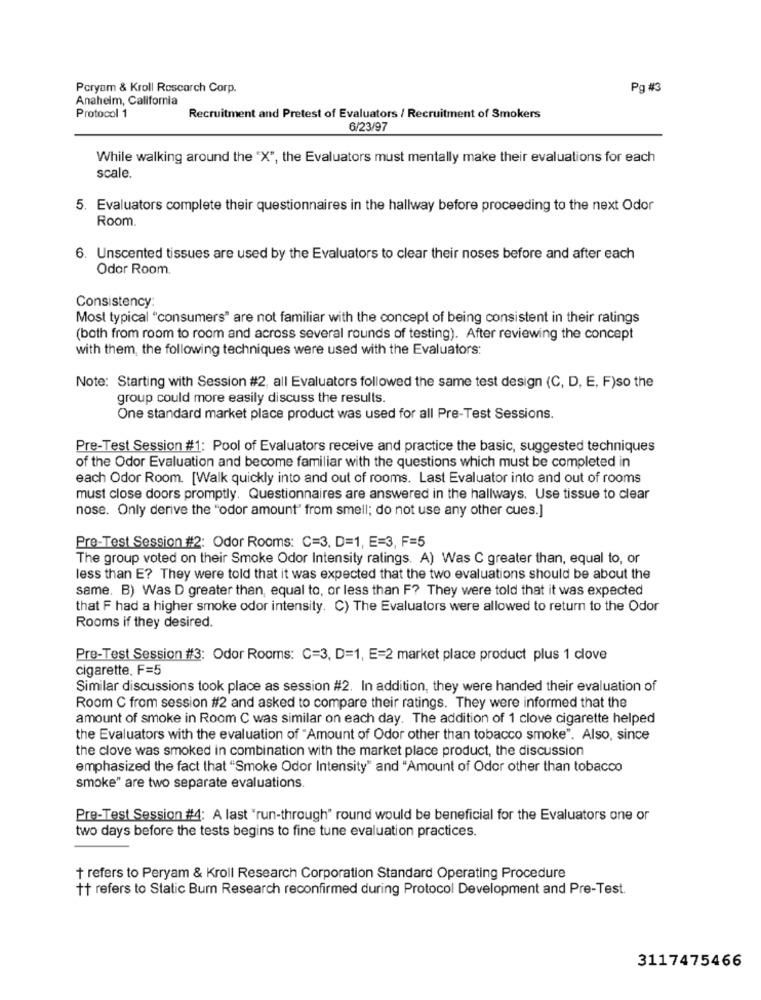
Poryam & Kroll Research Corp.
Pg #3
Anaheim, California
Protocol 1
Recruitment and Pretest of Evaluators / Recruitment of Smokers
6/23/97
While walking around the "X", the Evaluators must mentally make their evaluations for each
scale.
5. Evaluators complete their questionnaires in the hallway before proceeding to the next Odor
Room.
6. Unscented tissues are used by the Evaluators to clear their noses before and after each
Odor Room.
Consistency:
Most typical "consumers" are not familiar with the concept of being consistent in their ratings
(both from room to room and across several rounds of testing). After reviewing the concept
with them, the following techniques were used with the Evaluators:
Note: Starting with Session #2, all Evaluators followed the same test design (C, D, E, F)so the
group could more easily discuss the results.
One standard market place product was used for all Pre-Test Sessions.
Pre-Test Session #1: Pool of Evaluators receive and practice the basic, suggested techniques
of the Odor Evaluation and become familiar with the questions which must be completed in
each Odor Room. [Walk quickly into and out of rooms. Last Evaluator into and out of rooms
must close doors promptly. Questionnaires are answered in the hallways. Use tissue to clear
nose. Only derive the "odor amount" from smell; do not use any other cues.]
Pre-Test Session #2: Odor Rooms: C=3. D=1, E=3, F=5
The group voted on their Smoke Odor Intensity ratings. A) Was C greater than, equal to, or
less than E? They were told that it was expected that the two evaluations should be about the
same. B) Was D greater than, equal to, or less than F? They were told that it was expected
that F had a higher smoke odor intensity. C) The Evaluators were allowed to return to the Odor
Rooms if they desired.
Pre-Test Session #3: Odor Rooms: C=3, D=1, E=2 market place product plus 1 clove
cigarette. F=5
Similar discussions took place as session #2. In addition, they were handed their evaluation of
Room C from session #2 and asked to compare their ratings. They were informed that the
amount of smoke in Room C was similar on each day. The addition of 1 clove cigarette helped
the Evaluators with the evaluation of "Amount of Odor other than tobacco smoke". Also, since
the clove was smoked in combination with the market place product, the discussion
emphasized the fact that "Smoke Odor Intensity" and "Amount of Odor other than tobacco
smoke" are two separate evaluations.
Pre-Test Session #4: A last "run-through" round would be beneficial for the Evaluators one or
two days before the tests begins to fine tune evaluation practices.
+ refers to Peryam & Kroll Research Corporation Standard Operating Procedure
++ refers to Static Burn Research reconfirmed during Protocol Development and Pre-Test.
3117475466